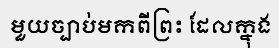
មួយច្បាប់មកពីព្រះ ដែលក្នុង